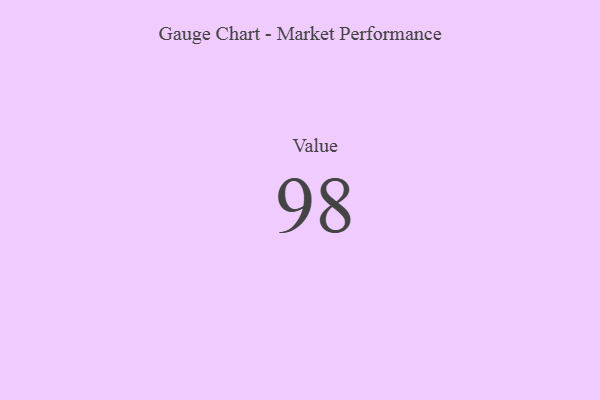
{"axis": {"x": "Metric", "y": "Value"}, "legend": [""], "data": [{"x": "Value", "y": 98, "type": ""}]}